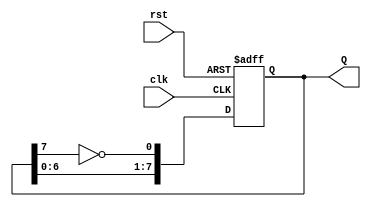
module johnson_counter (
    input wire clk,        // Clock input
    input wire rst,        // Asynchronous reset
    output reg [7:0] Q     // 8-bit counter output
);

// Always block triggered on the rising edge of the clock or when reset is asserted
always @(posedge clk or posedge rst) begin
    if (rst) begin
        // Asynchronous reset: set counter to 0
        Q <= 8'b00000000;
    end else begin
        // Johnson counter state transition
        Q[0] <= ~Q[7];          // Feedback from inverted last flip-flop
        Q[1] <= Q[0];           // Shift right
        Q[2] <= Q[1];           // Shift right
        Q[3] <= Q[2];           // Shift right
        Q[4] <= Q[3];           // Shift right
        Q[5] <= Q[4];           // Shift right
        Q[6] <= Q[5];           // Shift right
        Q[7] <= Q[6];           // Shift right
    end
end

endmodule